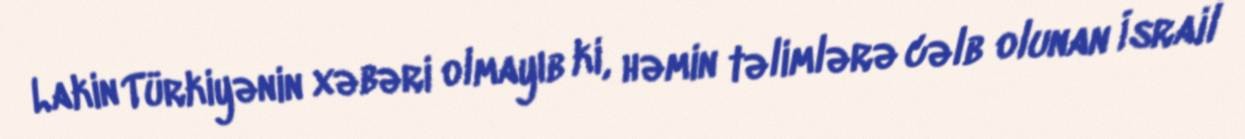
Lakin Türkiyənin xəbəri olmayıb ki, həmin təlimlərə cəlb olunan İsrail